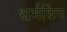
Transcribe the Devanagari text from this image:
धर्मसिंग